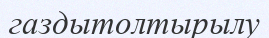
газдытолтырылу